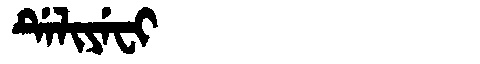
Manchu: ᡩᡝᠯᡳᠶᡝᠸᡳ
Romanization: DELIYEFI